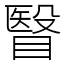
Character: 瞖